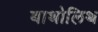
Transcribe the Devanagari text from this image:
बाथोलिथ